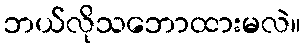
ဘယ်လိုသဘောထားမလဲ။